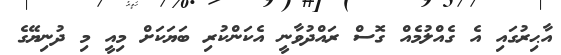
އާޙިރުގައި އެ ގެއްލުމެއް ގޮސް ރައްދުވާނީ އެކަންކުރި ބަޔަކަށް މިއީ މި ދުނިޔޭގެ